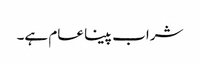
شراب پینا عام ہے۔